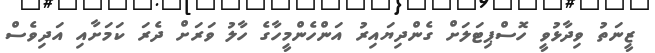
ޒީނަތު ވިދާޅުވީ ހޮސްޕިޓަލަށް ގެންދިޔައިރު އަންހެންމީހާގެ ހާލު ވަރަށް ދެރަ ކަމަށާއި އަދިވެސް